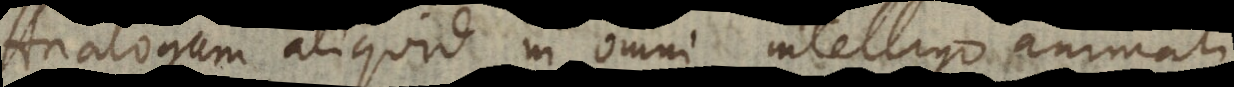
Analogum aliquid in omni intelligo animali,